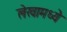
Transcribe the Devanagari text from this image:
लेखामध्येे